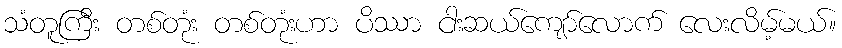
သံတူကြီး တစ်တုံး တစ်တုံးဟာ ပိဿာ ငါးဆယ်ကျော်လောက် လေးလိမ့်မယ်။